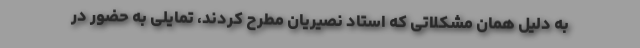
به دلیل همان مشکلاتی که استاد نصیریان مطرح کردند، تمایلی به حضور در